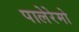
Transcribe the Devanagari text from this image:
पालेरेमो